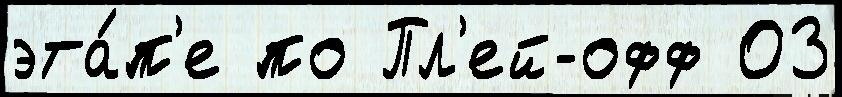
эта́п'е по Пл'ей-офф 03